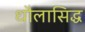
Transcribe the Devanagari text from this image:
धौलासिद्ध